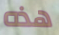
هذه